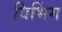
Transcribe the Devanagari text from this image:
विभिंग